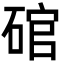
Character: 𮀩